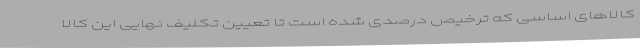
کالاهای اساسی که ترخیص درصدی شده است تا تعیین تکلیف نهایی این کالا